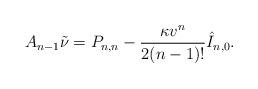
LaTeX: \begin{align*} A_{n-1}\tilde{\nu}=P_{n,n}-\frac{\kappa v^n}{2(n-1)!}\hat{I}_{n,0}.\end{align*}